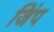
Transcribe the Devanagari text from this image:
जिंप